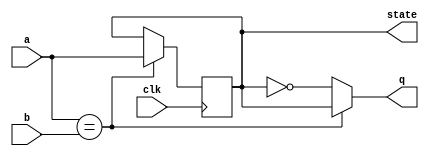
module top_module (
    input clk,
    input a,
    input b,
    output q,
    output state  );
    always @(posedge clk)
    	if (a == b) state <= a;
    	else state <= state;
    
	assign q = a == b ? state : ~state;


endmodule